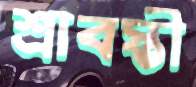
শ্রাবস্তী